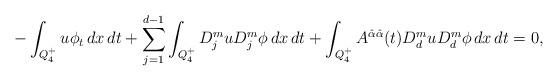
\begin{align*}-\int_{Q_4^+}u \phi_t \,dx\,dt+\sum_{j=1}^{d-1}\int_{Q_4^+}D_j^muD_j^m\phi\,dx\,dt+\int_{Q_4^+} A^{\hat{\alpha}\hat{\alpha}}(t)D^m_du D^m_d\phi \,dx\,dt=0,\end{align*}